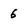
Character: 6